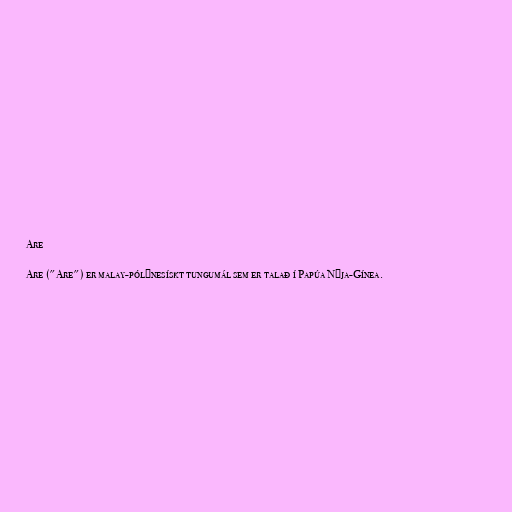
Are

Are ("Are") er malay-pólýnesískt tungumál sem er talað í Papúa Nýja-Gínea.